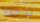
نواجهها